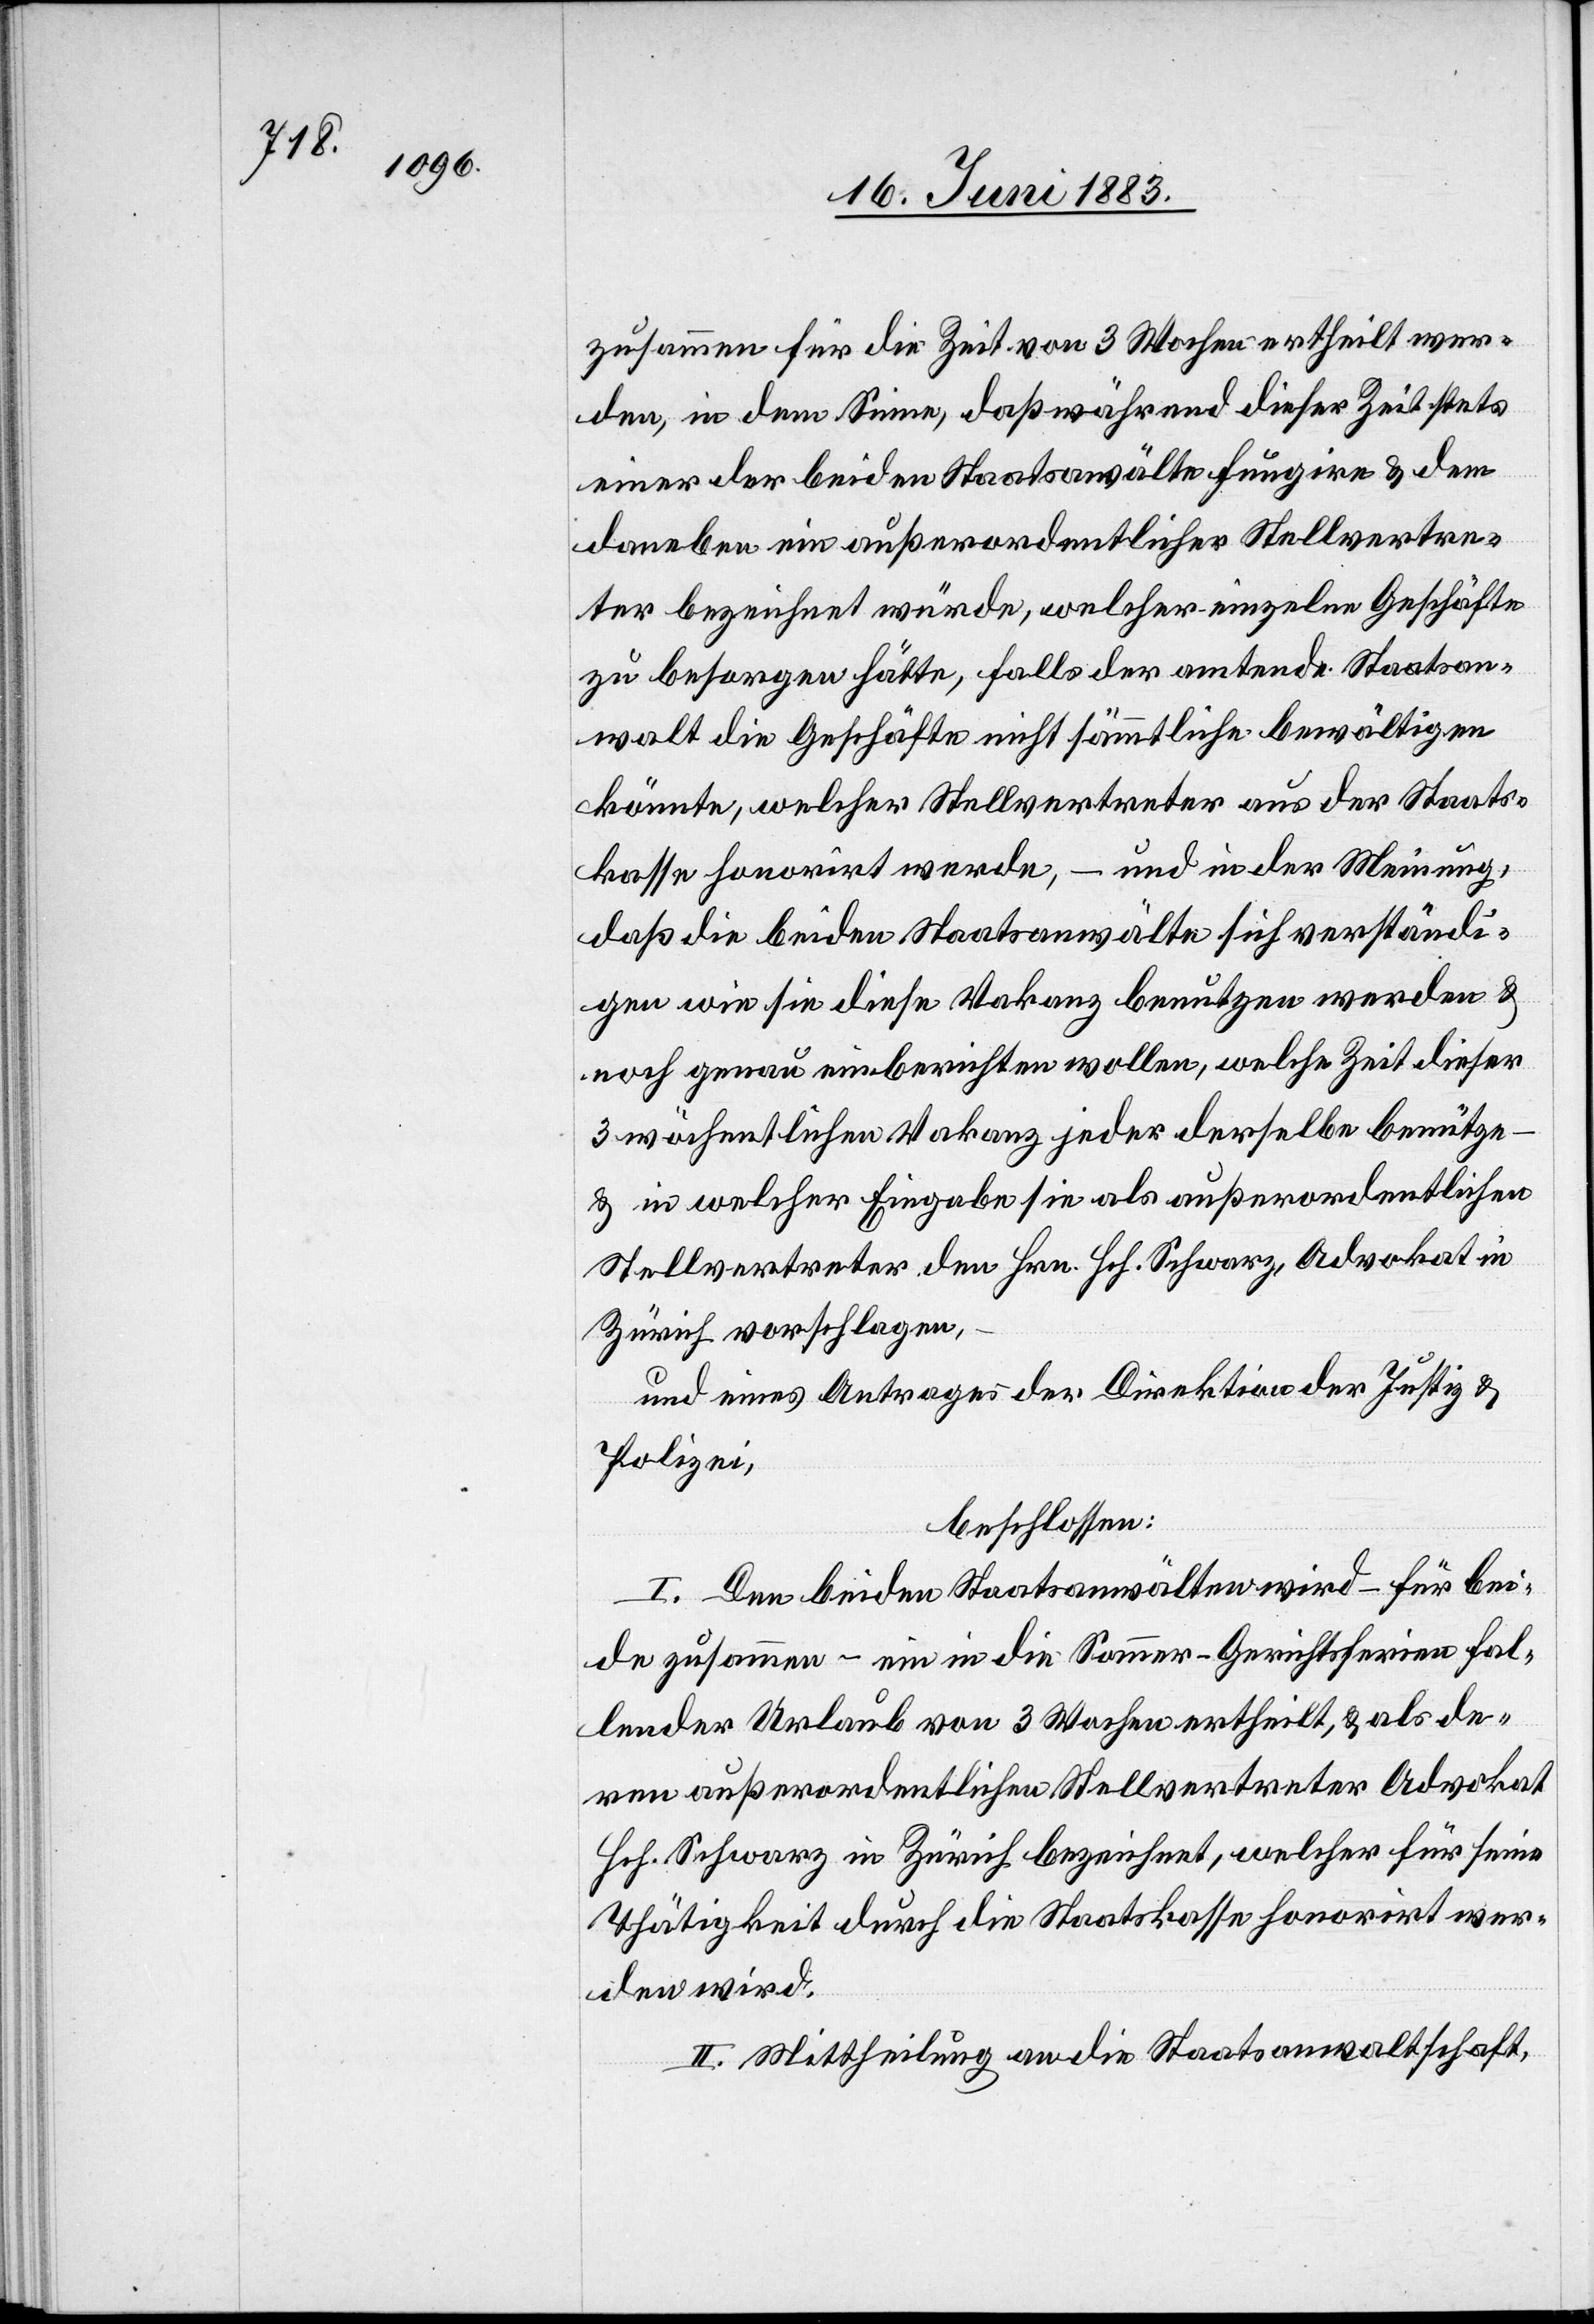
zusammen für die Zeit von 3 Wochen ertheilt wer¬
den, in dem Sinne, daß während dieser Zeit stets
einer der beiden Staatsanwälte fungire & dem
daneben ein außerordentlicher Stellvertre¬
ter bezeichnet würde, welcher einzelne Geschäfte
zu besorgen hätte, falls der amtende Staatsan¬
walt die Geschäfte nicht sämmtliche bewältigen
könnte, welcher Stellvertreter aus der Staats¬
kasse honorirt werde, – und in der Meinung,
daß die beiden Staatsanwälte sich verständi¬
gen wie sie diese Vakanz benutzen werden &
noch genau einberichten wollen, welche Zeit dieser
3 wöchentlichen Vakanz jeder derselbe benütze
& in welcher Eingabe sie als außerordentlichen
Stellvertreter den Hrn. Hch. Schwarz, Advokat in
Zürich vorschlagen,
und eines Antrages der Direktion der Justiz &
Polizei,
beschlossen:
I Den beiden Staatsanwälten wird – für bei¬
de zusammen – ein in die Sommer-Gerichtsferien fol¬
gender Urlaub von 3 Wochen ertheilt, & als de¬
ren außerordentlichen Stellvertreter Advokat
Hch. Schwarz in Zürich bezeichnet, welcher für seine
Thätigkeit durch die Staatskasse honorirt wer¬
den wird.
II. Mittheilung an die Staatsanwaltschaft,